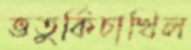
ভতুর্কিচাখিল